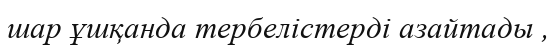
шар ұшқанда тербелістерді азайтады ,